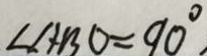
\angle A B O = 9 0 ^ { \circ }